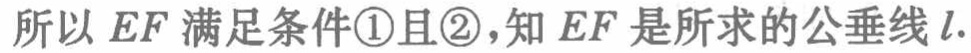
所以 \(EF\) 满足条件\textcircled{1}且\textcircled{2}，知 \(EF\) 是所求的公垂线 \(l\).